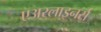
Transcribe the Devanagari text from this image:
एअरलाइनर्स